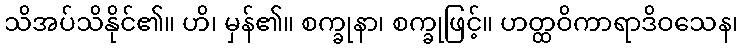
သိအပ်သိနိုင်၏။ ဟိ၊ မှန်၏။ စက္ခုနာ၊ စက္ခုဖြင့်။ ဟတ္ထဝိကာရာဒိဝသေန၊